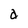
Character: a